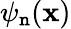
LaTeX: \psi_{\mathtt{n}}(\mathbf{{x}})